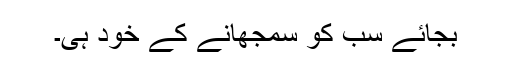
بجائے سب کو سمجھانے کے خود ہی۔